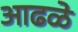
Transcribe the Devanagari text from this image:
आढळे